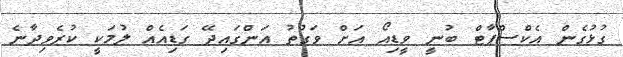
ގުޅުގެން އެކްސްޕާޓް ބުނީ ވީޑިއޯ އަށް ވަގުތު އަންގައިދޭ ގަޑިއެއް ލުމަކީ ކުރެވިދާނެ